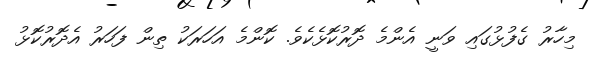
މިހާރު ގެފުޅުގައި ވަނީ އެންމެ ދޮރުކޮޅެކެވެ. ކޮންމެ އަހަރަކު ތިން ފަހަރު އެދޮރުކޮޅު